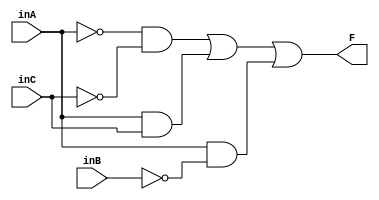
// Luis Pedro Molina Velsquez - Carn 18822
// Electrnica Digital 1 - Seccin 12
// Laboratorio #4 

// Modulos con Gate Level Modelling
// EJERCICIO 1 - TABLAS 1 A 4

// Ejercicio 1 - Tabla 1 - Y = A'C' + AC + AB'

module gates_eje1_tab1 (input wire inA, inB, inC, output wire F);
    // Compuertas not
    wire n1;    // A
    wire n2;    // B
    wire n3;    // C

    // Compuertas and
    wire a1;
    wire a2;
    wire a3;

    // Compuertas lgicas
    not (n1,inA);  // A'
    not (n2,inB);  // B'
    not (n3,inC);  // C'

    and (a1,n1,n3);
    and (a2,inA,inC);
    and (a3,inA,n2);

    or (F,a1,a2,a3);

endmodule

//Ejercicio 1 - Tabla 2 - Y = B'

module gates_eje1_tab2 (input wire inA, inB, inC, output wire F);

    // Compuerta not
    wire n2;    // B

    // Compuertas lgicas
    not (n2,inB);   // B'
    
    or (F,n2);

endmodule

//Ejercicio 1 - Tabla 3 - Y = A'B'C'D' + A'B'CD + A'BC'D + A'BCD' + ABC'D' + ABCD + AB'C'D + AB'CD'

module gates_eje1_tab3 (input wire inA, inB, inC, inD, output wire F);

    // Compuertas not
    wire n1;    // A
    wire n2;    // B
    wire n3;    // C
    wire n4;    // D

    // Compuertas and
    wire a1;
    wire a2;
    wire a3;
    wire a4;
    wire a5;
    wire a6;
    wire a7;
    wire a8;

    // Compuertas lgicas
    not (n1,inA);    // A'
    not (n2,inB);    // B'
    not (n3,inC);    // C'
    not (n4,inD);    // D'

    and (a1,n1,n2,n3,n4);
    and (a2,n1,n2,inC,inD);
    and (a3,n1,inB,n3,inD);
    and (a4,n1,inB,inC,n4);
    and (a5,inA,inB,n3,n4);
    and (a6,inA,inB,inC,inD);
    and (a7,inA,n2,n3,inD);
    and (a8,inA,n2,inC,n4);

    or (F,a1,a2,a3,a4,a5,a6,a7,a8);

endmodule


// Ejercicio 1 - Tabla 4 - Y = A'B'D' + A'C'D + BD + AC'D' + AC

module gates_eje1_tab4 (input wire inA, inB, inC, inD, output wire F);

    // Compuertas not
    wire n1;    // A
    wire n2;    // B
    wire n3;    // C
    wire n4;    // D

    // Compuertas and
    wire a1;
    wire a2;
    wire a3;
    wire a4;
    wire a5;

    // Compuertas lgicas
    not (n1,inA);    // A'
    not (n2,inB);    // B'
    not (n3,inC);    // C'
    not (n4,inD);    // D'

    and (a1,n1,n2,n4); 
    and (a2,n1,n3,inD);
    and (a3,inB,inD);
    and (a4,inA,n3,n4);
    and (a5,inA,inC);

    or (F,a1,a2,a3,a4,a5);

endmodule

// Mdulos con operadores lgicos
// EJERCICIO 2 - ECUACIONES 1 A 4

// Ejercicio 2 - Ecuacin 1 - Y = B'C'D' + AC' + ACD' + AB'C

module gates_eje2_ec1 (input wire inA, inB, inC, inD, output wire F);

    assign F = (~inB & ~inC & ~inD) | (inA & ~inC) | (inA & inC & ~inD) | (inA & ~inB & inC);

endmodule

// Ejercicio 2 - Ecuacin 2 - Y = B' +AC

module gates_eje2_ec2 (input wire inA, inB, inC, output wire F);

    assign F = (~inB) | (inA & inC);

endmodule

// Ejercicio 2 - Ecuacin 3 - Y = B + C'D + AD

module gates_eje2_ec3 (input wire inA, inB, inC, inD, output wire F);

    assign F = (inB) | (~inC & inD) | (inA & inD);

endmodule

// Ejercicio 2 - Ecuacin 4 - Y = A'C' + B 

module gates_eje2_ec4 (input wire inA, inB, inC, output wire F);

    assign F =  (~inA & ~inC) | (inB);

endmodule